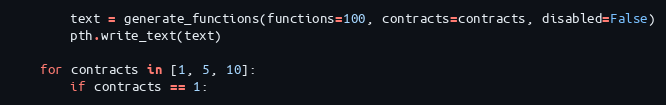
Language: Python
        text = generate_functions(functions=100, contracts=contracts, disabled=False)
        pth.write_text(text)

    for contracts in [1, 5, 10]:
        if contracts == 1: